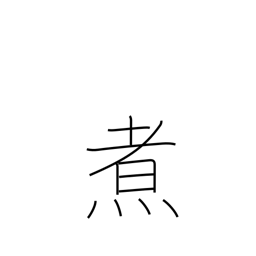
Meaning: boil